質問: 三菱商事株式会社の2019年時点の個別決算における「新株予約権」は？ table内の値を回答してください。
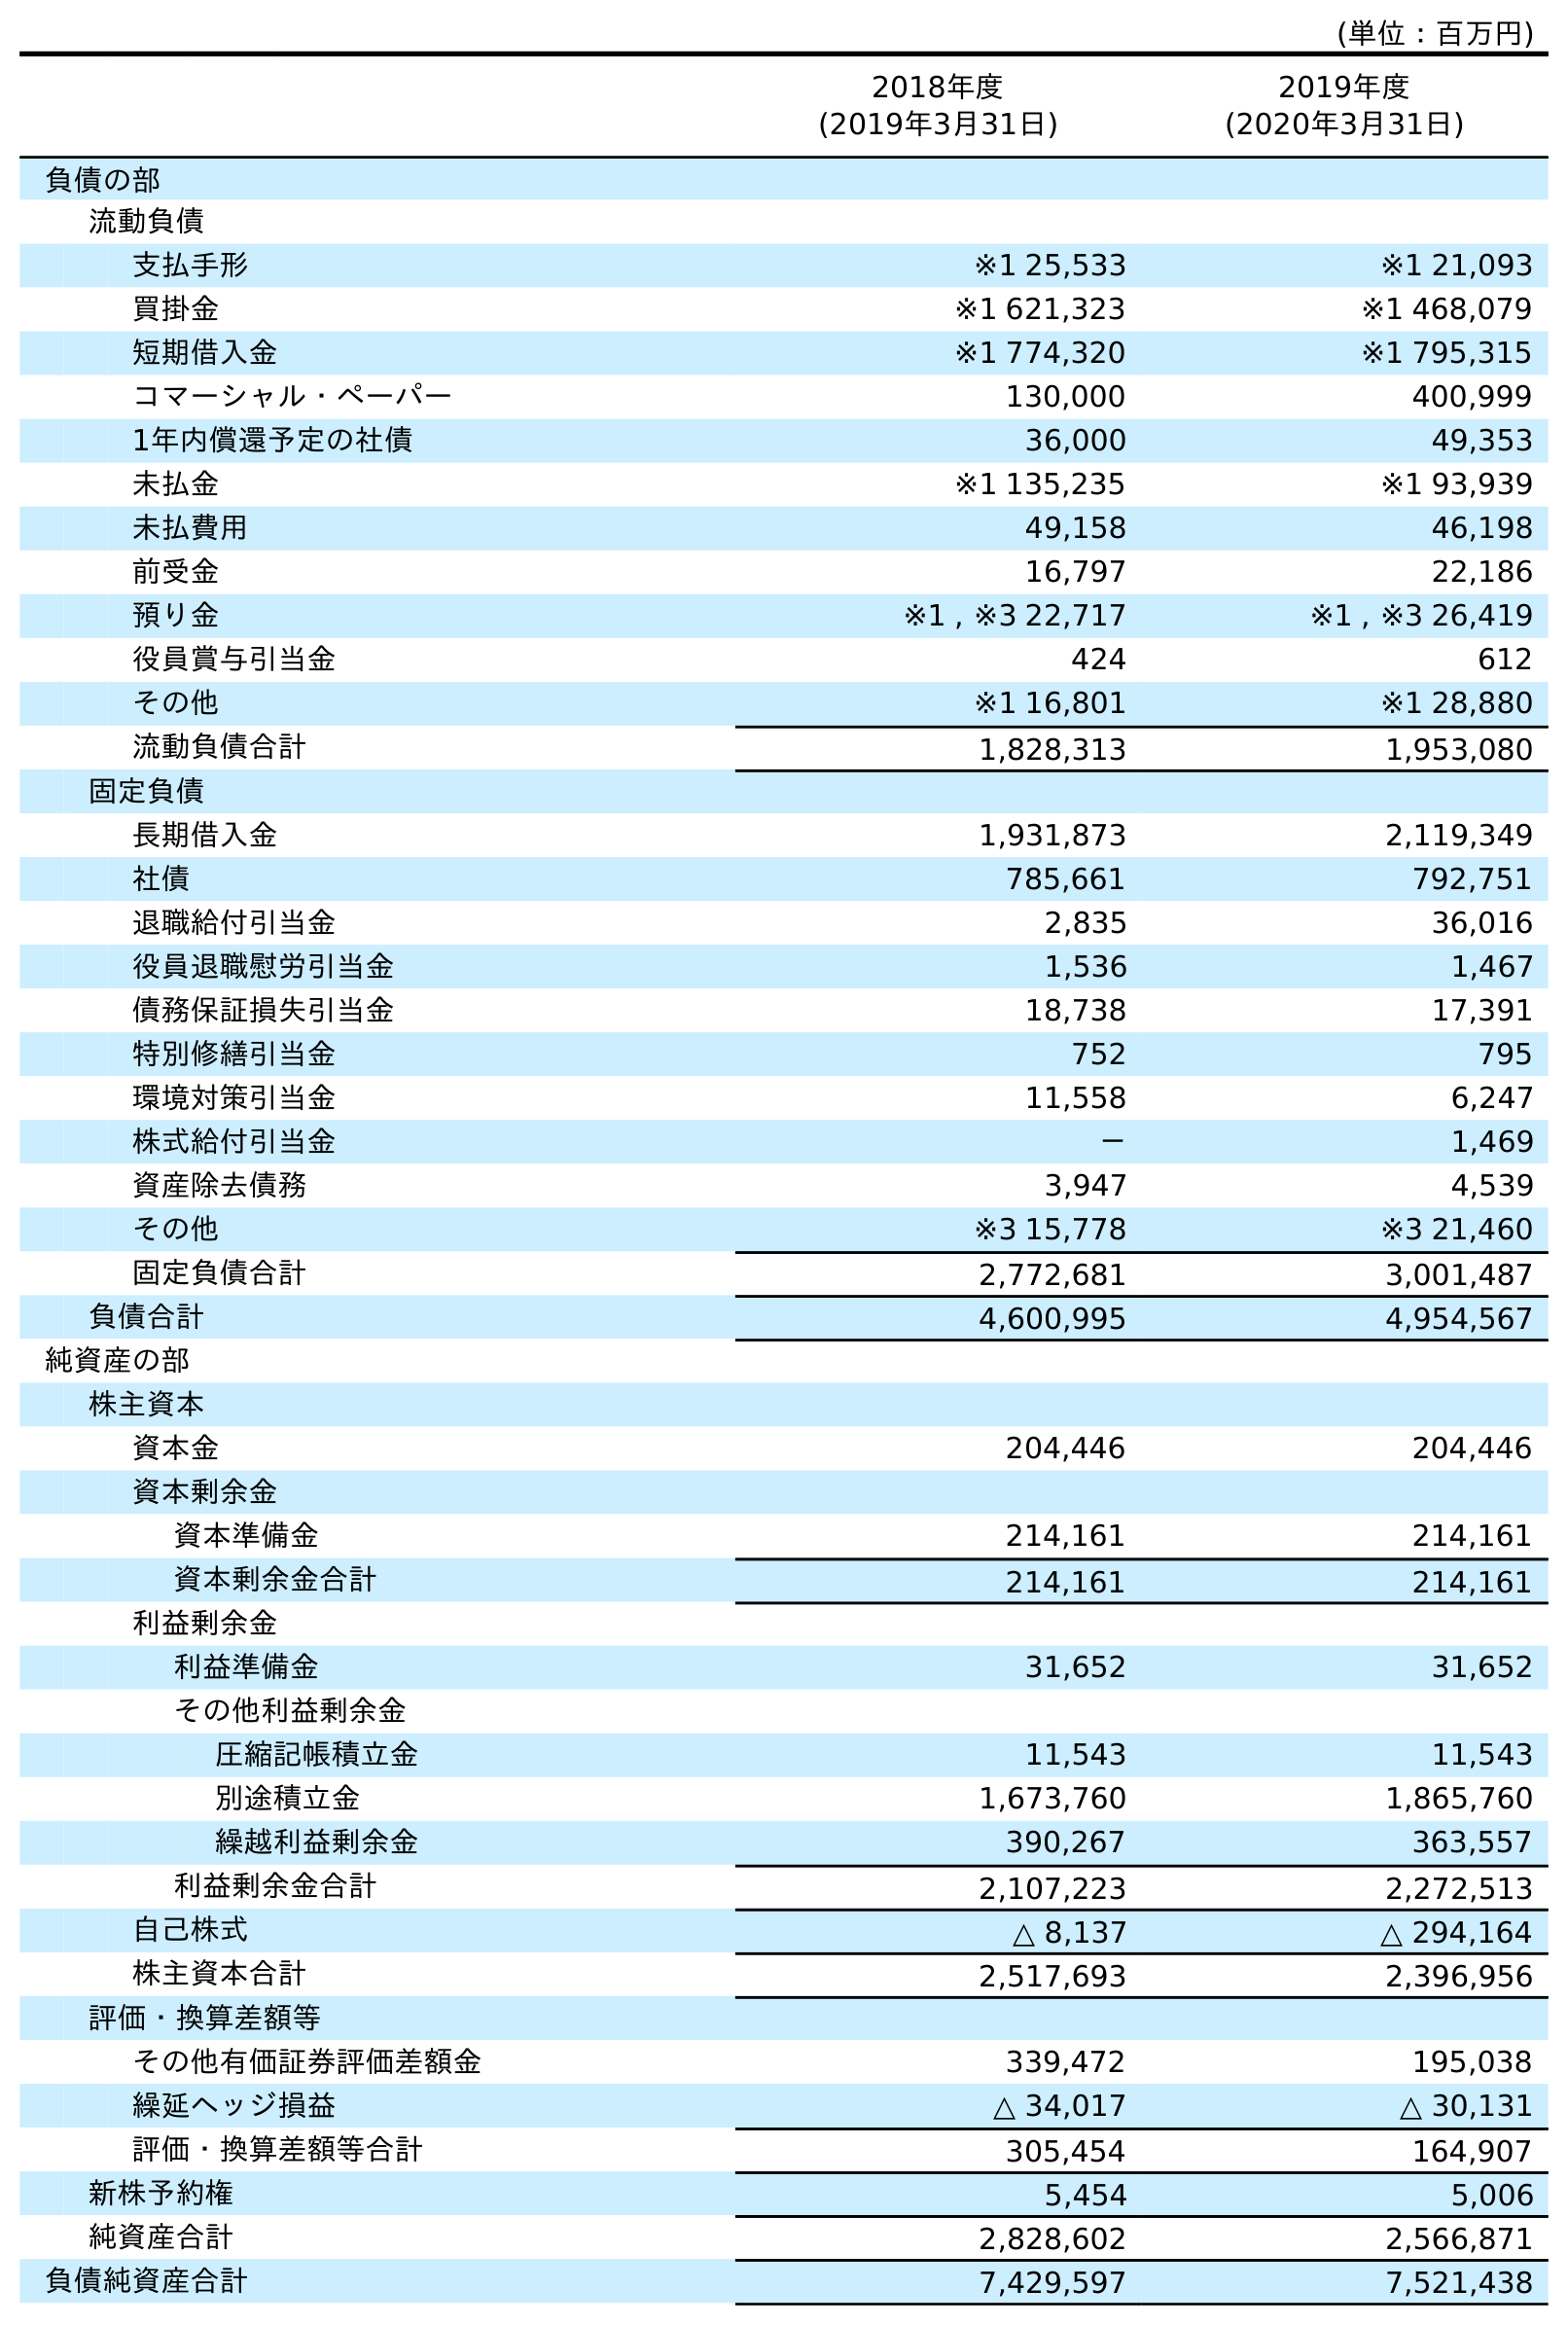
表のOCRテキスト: (単位：百万円) 2018年度 (2019年3月31日) 2019年度 (2020年3月31日) 負債の部 流動負債 支払手形 ※1 25,533 ※1 21,093 買掛金 ※1 621,323 ※1 468,079 短期借入金 ※1 774,320 ※1 795,315 コマーシャル・ペーパー 130,000 400,999 1年内償還予定の社債 36,000 49,353 未払金 ※1 135,235 ※1 93,939 未払費用 49,158 46,198 前受金 16,797 22,186 預り金 ※1 , ※3 22,717 ※1 , ※3 26,419 役員賞与引当金 424 612 その他 ※1 16,801 ※1 28,880 流動負債合計 1,828,313 1,953,080 固定負債 長期借入金 1,931,873 2,119,349 社債 785,661 792,751 退職給付引当金 2,835 36,016 役員退職慰労引当金 1,536 1,467 債務保証損失引当金 18,738 17,391 特別修繕引当金 752 795 環境対策引当金 11,558 6,247 株式給付引当金 － 1,469 資産除去債務 3,947 4,539 その他 ※3 15,778 ※3 21,460 固定負債合計 2,772,681 3,001,487 負債合計 4,600,995 4,954,567 純資産の部 株主資本 資本金 204,446 204,446 資本剰余金 資本準備金 214,161 214,161 資本剰余金合計 214,161 214,161 利益剰余金 利益準備金 31,652 31,652 その他利益剰余金 圧縮記帳積立金 11,543 11,543 別途積立金 1,673,760 1,865,760 繰越利益剰余金 390,267 363,557 利益剰余金合計 2,107,223 2,272,513 自己株式 △ 8,137 △ 294,164 株主資本合計 2,517,693 2,396,956 評価・換算差額等 その他有価証券評価差額金 339,472 195,038 繰延ヘッジ損益 △ 34,017 △ 30,131 評価・換算差額等合計 305,454 164,907 新株予約権 5,454 5,006 純資産合計 2,828,602 2,566,871 負債純資産合計 7,429,597 7,521,438
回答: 5,454